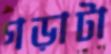
গড়াটা